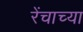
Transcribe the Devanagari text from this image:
रेंचाच्या